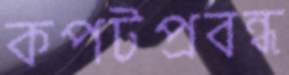
কপটপ্রবন্ধ